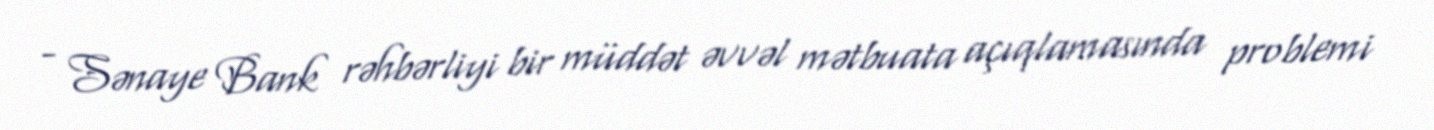
- Sənaye Bank rəhbərliyi bir müddət əvvəl mətbuata açıqlamasında problemi